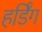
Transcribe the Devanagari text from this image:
हर्डिंग